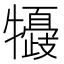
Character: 𤛽